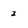
Character: 2